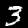
Digit: 3